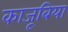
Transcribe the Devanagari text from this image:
काजूबिया